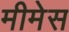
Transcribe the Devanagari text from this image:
मीमेस